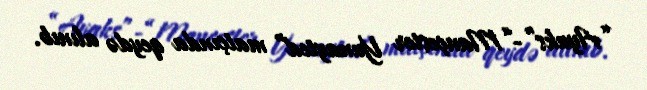
“Ayaks”-“Mançester Yunayted” matçında qeydə alınıb.